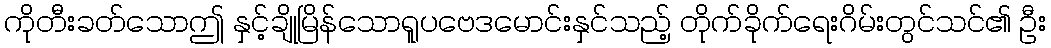
ကိုတီးခတ်သောဤ နှင့်ချိုမြိန်သောရူပဗေဒမောင်းနှင်သည့် တိုက်ခိုက်ရေးဂိမ်းတွင်သင်၏ ဦး